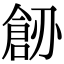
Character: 𠟐